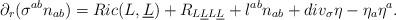
LaTeX: \begin{align*}\partial_r (\sigma^{ab} n_{ab}) = Ric(L,\underline L)+R_{L\underline LL\underline L}+ l^{ab} n_{ab} + div_{\sigma} \eta - \eta_a \eta^a. \end{align*}